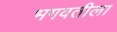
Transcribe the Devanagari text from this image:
भगवतीला